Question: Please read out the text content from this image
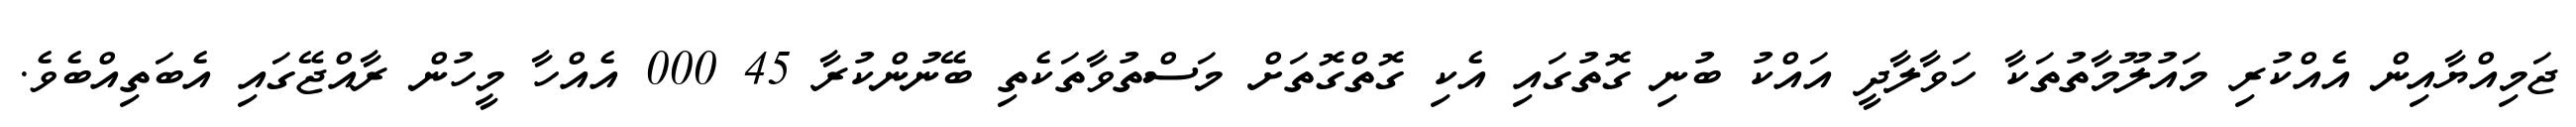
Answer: ޖަމިއްޔާއިން އެއްކުރި މައުލޫމާތުތަކާ ހަވާލާދީ އައްކު ބުނި ގޮތުގައި އެކި ގޮތްގޮތަށް މަސްތުވާތަކެތި ބޭނުންކުރާ 45 000 އެއްހާ މީހުން ރާއްޖޭގައި އެބަތިއްބެވެ.